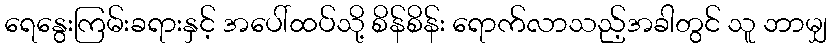
ရေနွေးကြမ်းခရားနှင့် အပေါ်ထပ်သို့ စိန်စိန်း ရောက်လာသည့်အခါတွင် သူ ဘာမျှ